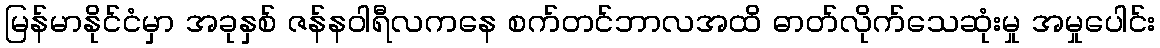
မြန်မာနိုင်ငံမှာ အခုနှစ် ဇန်နဝါရီလကနေ စက်တင်ဘာလအထိ ဓာတ်လိုက်သေဆုံးမှု အမှုပေါင်း